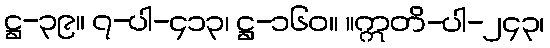
ဋ္ဌ-၃၉။ ၇-ပါ-၄၁၃၊ ဋ္ဌ-၁၆၀။ ။ဣတိ-ပါ-၂၄၃၊